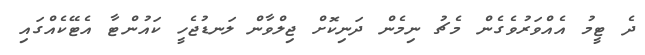
ދެ ޓީމު އެއްވަރުވެގެން މެޗު ނިމެން ދަނިކޮށް ޖިލްވާން ލަނޑުޖެހީ ކައުންޓާ އެޓޭކެއްގައި